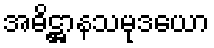
အဓိဋ္ဌာနသမုဒယော